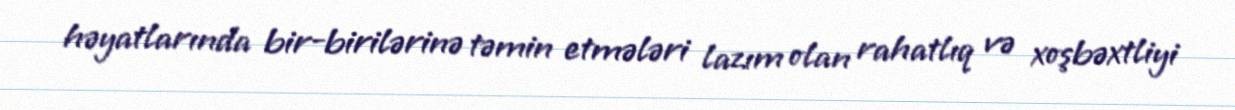
həyatlarında bir-birilərinə təmin etmələri lazım olan rahatlıq və xoşbəxtliyi